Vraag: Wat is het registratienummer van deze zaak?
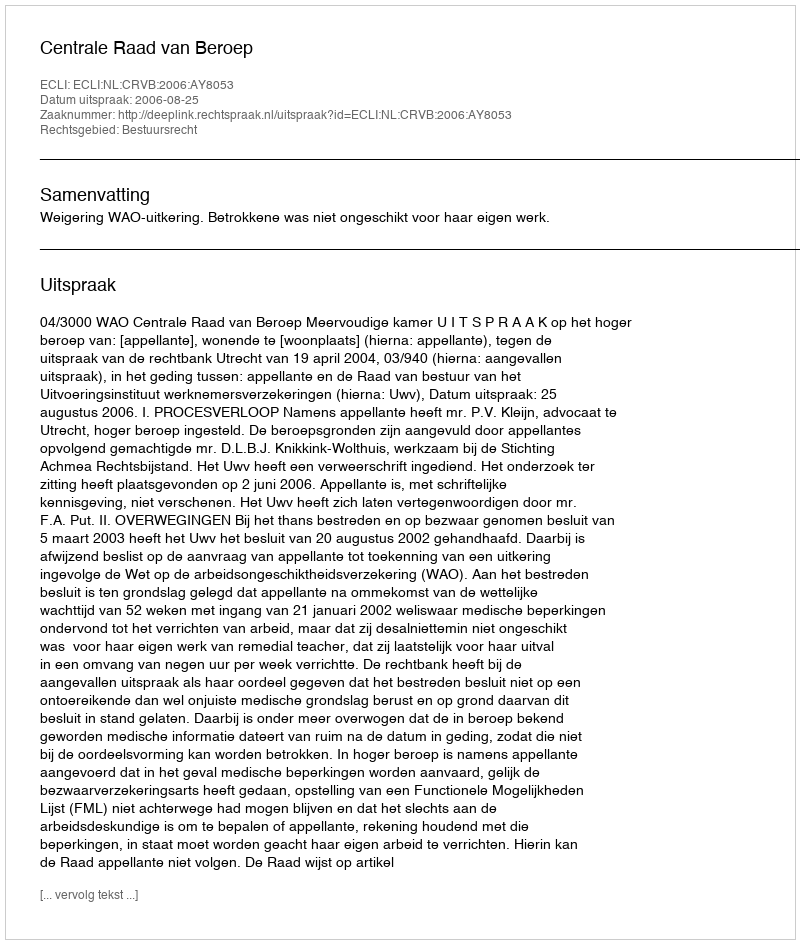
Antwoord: http://deeplink.rechtspraak.nl/uitspraak?id=ECLI:NL:CRVB:2006:AY8053